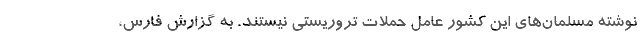
نوشته مسلمان‌های این کشور عامل حملات تروریستی نیستند. به گزارش فارس،